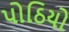
પોઠિયો